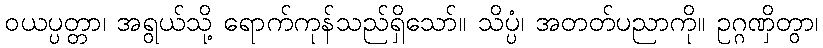
ဝယပ္ပတ္တာ၊ အရွယ်သို့ ရောက်ကုန်သည်ရှိသော်။ သိပ္ပံ၊ အတတ်ပညာကို။ ဥဂ္ဂဏှိတွာ၊